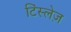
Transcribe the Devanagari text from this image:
टिंस्लेज़